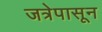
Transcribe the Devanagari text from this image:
जत्रेपासून